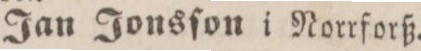
Jan Jonsſon i Norrforß.